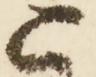
已